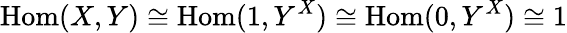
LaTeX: \mathrm{Hom}(X,Y)\cong\mathrm{Hom}(1,Y^{X})\cong\mathrm{Hom}(0,Y^{X})\cong 1